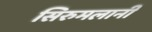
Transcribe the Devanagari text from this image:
सिरुमलानी